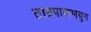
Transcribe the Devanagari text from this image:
ताम्रपाषाणयुग